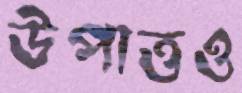
উপাত্তও